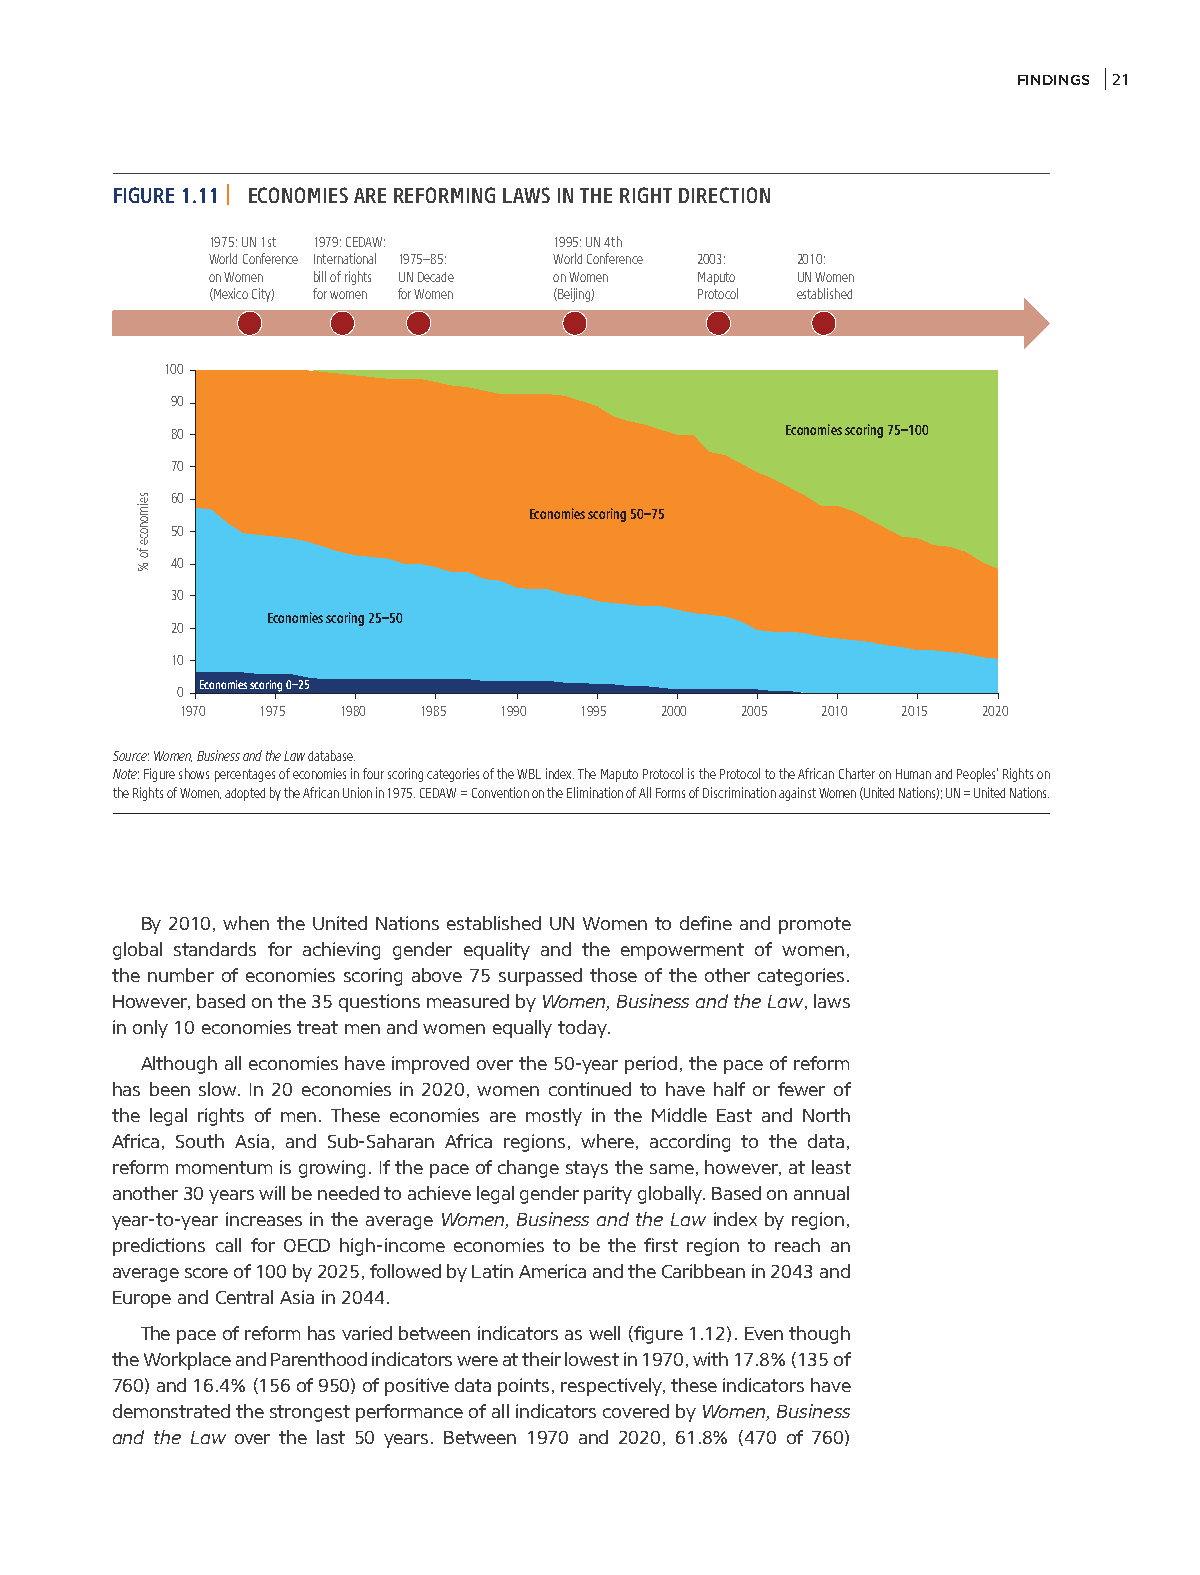
FINDINGS 21
 FIGURE 1.11 | ECONOMIES ARE REFORMING LAWS IN THE RIGHT DIRECTION
 1975: UN 1st 1979: CEDAW: 1995: UN 4th
 World Conference International 1975–85: World Conference 2003: 2010:
 on Women bill of rights UN Decade on Women Maputo UN Women
 (Mexico City) for women for Women (Beijing) Protocol established
 100
 90
 80                                       Economies scoring 75–100
 70
 60
 Economies scoring 50–75
 50
 40
 30
 Economies scoring 25–50
 20
 10
 Economies scoring 0–25
 0
 1970 1975  1980 1985 1990 1995  2000 2005 2010  2015 2020
 Source: Women, Business and the Law database.
 Note: Figure shows percentages of economies in four scoring categories of the WBL index. The Maputo Protocol is the Protocol to the African Charter on Human and Peoples’ Rights on
 the Rights of Women, adopted by the African Union in 1975. CEDAW = Convention on the Elimination of All Forms of Discrimination against Women (United Nations); UN = United Nations.
 By 2010, when the United Nations established UN Women to define and promote
 global standards for achieving gender equality and the empowerment of women,
 the number of economies scoring above 75 surpassed those of the other categories.
 However, based on the 35 questions measured by Women, Business and the Law, laws
 in only 10 economies treat men and women equally today.
 Although all economies have improved over the 50-year period, the pace of reform
 has been slow. In 20 economies in 2020, women continued to have half or fewer of
 the legal rights of men. These economies are mostly in the Middle East and North
 Africa, South Asia, and Sub-Saharan Africa regions, where, according to the data,
 reform momentum is growing. If the pace of change stays the same, however, at least
 another 30 years will be needed to achieve legal gender parity globally. Based on annual
 year-to-year increases in the average Women, Business and the Law index by region,
 predictions call for OECD high-income economies to be the first region to reach an
 average score of 100 by 2025, followed by Latin America and the Caribbean in 2043 and
 Europe and Central Asia in 2044.
 The pace of reform has varied between indicators as well (figure 1.12). Even though
 the Workplace and Parenthood indicators were at their lowest in 1970, with 17.8% (135 of
 760) and 16.4% (156 of 950) of positive data points, respectively, these indicators have
 demonstrated the strongest performance of all indicators covered by Women, Business
 and the Law over the last 50 years. Between 1970 and 2020, 61.8% (470 of 760)
 seimonoce
 fo
 %